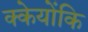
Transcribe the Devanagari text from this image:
क्केयोंकि